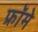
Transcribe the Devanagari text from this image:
फ्रॉमे